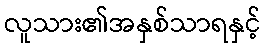
လူသား၏အနှစ်သာရနှင့်